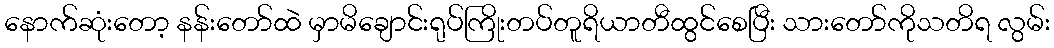
နောက်ဆုံးတော့ နန်းတော်ထဲ မှာမိချောင်းရုပ်ကြိုးတပ်တူရိယာတီထွင်စေပြီး သားတော်ကိုသတိရ လွမ်း